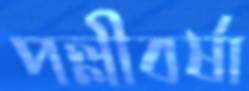
পল্লীবর্ষা